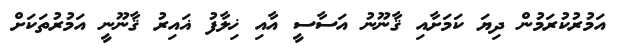
އަމުރުކުރަމުން ދިޔަ ކަމަށާއި ޤާނޫނު އަސާސީ އާއި ޚިލާފު ޣައިރު ޤާނޫނީ އަމުރުތަކަށް